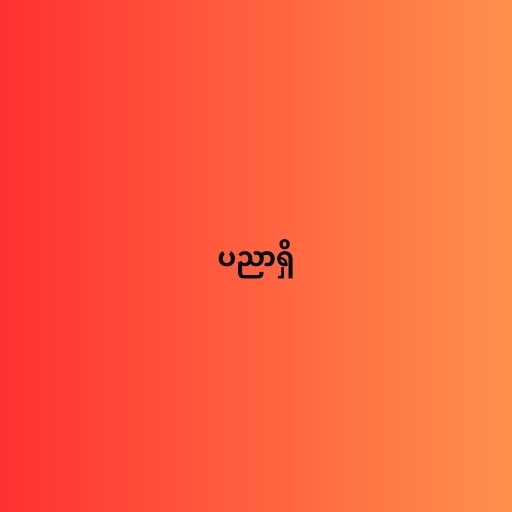
ပညာရှိ